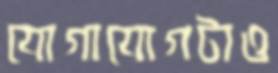
যোগাযোগটাও